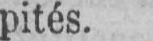
pités.